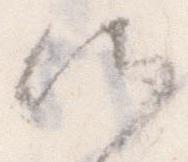
候